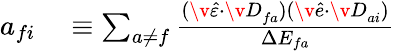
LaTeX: \begin{array}{rl}{a_{fi}}&{{}\equiv\sum_{a\neq f}\frac{(\v{\hat{\varepsilon}}\cdot{\v{D}}_{fa})(\v{\hat{e}}\cdot{\v{D}}_{ai})}{\Delta{E_{fa}}}}\end{array}